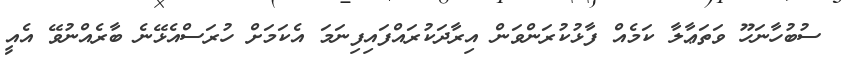
ސުބުހާނަހޫ ވަތަޢާލާ ކަމެއް ފާޅުކުރަންވަން އިރާދަކުރައްފައިފިނަމަ އެކަމަށް ހުރަސްއެޅޭނެ ބާރެއްނުވޭ އެއީ